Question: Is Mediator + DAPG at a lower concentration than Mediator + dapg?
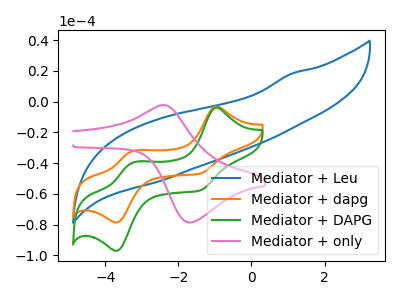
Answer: <think>The blue curve "Mediator + Leu" has no peaks. The orange curve "Mediator + dapg" has anodic peaks at (-1.00V, -3.10uA) (-3.30V, -32.50uA) and cathodic peaks at (-1.40V, -46.75uA) (-3.70V, -78.60uA). The green curve "Mediator + DAPG" has anodic peaks at (-1.00V, -3.80uA) (-3.30V, -40.10uA) and cathodic peaks at (-1.40V, -57.70uA) (-3.70V, -97.00uA). The pink curve "Mediator + only" has an anodic peak at (-2.45V, -2.20uA) and a cathodic peak at (-1.65V, -78.60uA).
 All the peaks in "Mediator + dapg" have a peak in "Mediator + DAPG" at the same potential.</think>
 <answer>I cant tell if "Mediator + dapg" or "Mediator + DAPG" has higher concentration.</answer>
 <eval>mixed_concentration</eval>